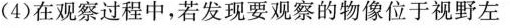
(4)在观察过程中，若发现要观察的物像位于视野左